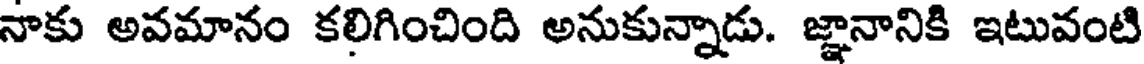
నాకు అవమానం కలిగించింది అనుకున్నాడు. జ్ఞానానికి ఇటువంటి